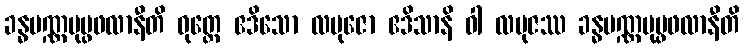
ခန္ဓပဏ္ဏပုပ္ဖဖလာနီတိ ဝုတ္တေ ဧဒိသော လဗုဇော ဧဒိသာနိ ဝါ လဗုဇဿ ခန္ဓပဏ္ဏပုပ္ဖဖလာနီတိ